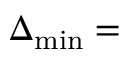
\Delta _ { \operatorname* { m i n } } =